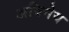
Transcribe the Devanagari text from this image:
अविनेय